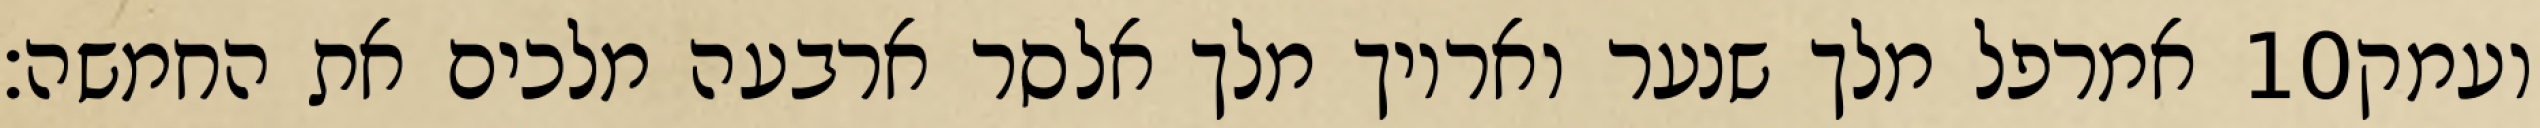
אמרפל מלך שנער ואריוך מלך אלסר ארבעה מלכים את החמשה׃ ‎10‏ ועמק